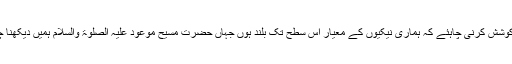
پس ہمیں کوشش کرنی چاہئے کہ ہماری نیکیوں کے معیار اُس سطح تک بلند ہوں جہاں حضرت مسیح موعود علیہ الصلوۃ والسلام ہمیں دیکھنا چاہتے ہیں۔